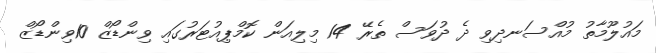
މައުލޫމާތު މުއްސަނދިވި ދެ ދުވަސް ތެރޭ 14 މިލިއަން ކޮމްޕިއުޓަރުގައި ވިންޑޯޒް 10ވިންޑޯޒް